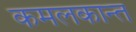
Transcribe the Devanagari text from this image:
कमलकान्त